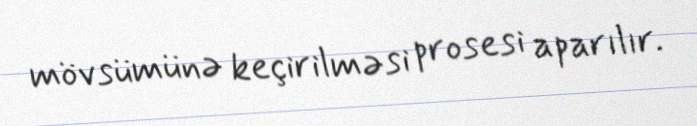
mövsümünə keçirilməsi prosesi aparılır.